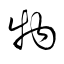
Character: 物